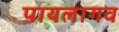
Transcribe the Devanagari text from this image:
पायलागव